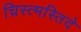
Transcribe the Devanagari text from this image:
च्रिस्त्मस्तिदे